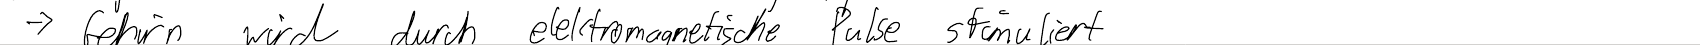
-> Gehirn wird durch elektromagnetische Pulse stimuliert